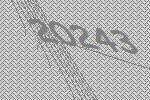
20243